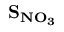
\bf { S _ { N O _ { 3 } } }